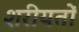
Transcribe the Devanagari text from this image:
शरीयतों